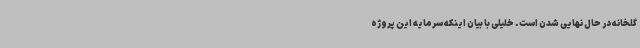
گلخانه در حال نهایی شدن است. خلیلی با بیان اینکه سرمایه این پروژه